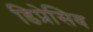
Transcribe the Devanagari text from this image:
डिप्रेसिव